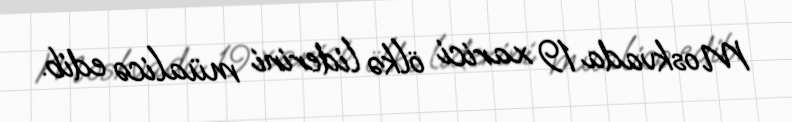
Moskvada 19 xarici ölkə liderini müalicə edib.